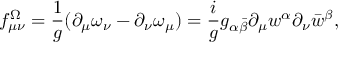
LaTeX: f _ { \mu \nu } ^ { \Omega } = { \frac { 1 } { g } } ( \partial _ { \mu } \omega _ { \nu } - \partial _ { \nu } \omega _ { \mu } ) = { \frac { i } { g } } g _ { \alpha \bar { \beta } } \partial _ { \mu } w ^ { \alpha } \partial _ { \nu } \bar { w } ^ { \beta } ,